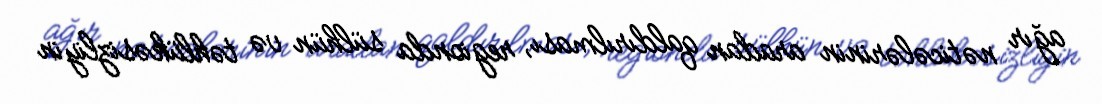
ağır nəticələrinin aradan qaldırılması, regionda sülhün və təhlükəsizliyin